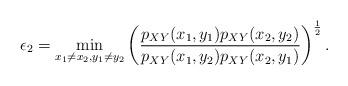
LaTeX: \begin{align*}\epsilon_2=\min_{x_1\neq x_2, y_1\neq y_2}\left(\frac{p_{XY}(x_1,y_1)p_{XY}(x_2,y_2)}{p_{XY}(x_1, y_2) p_{XY}(x_2, y_1)}\right)^{\frac 12}.\end{align*}